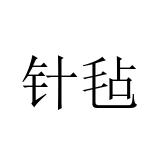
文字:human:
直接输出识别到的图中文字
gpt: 针毡